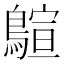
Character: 𪃗